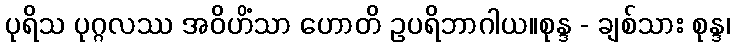
ပုရိသ ပုဂ္ဂလဿ အဝိဟိံသာ ဟောတိ ဥပရိဘာဂါယ။စုန္ဒ - ချစ်သား စုန္ဒ၊